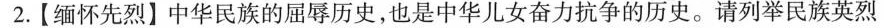
2.【缅怀先烈】中华民族的屈辱历史，也是中华儿女奋力抗争的历史。请列举民族英烈